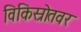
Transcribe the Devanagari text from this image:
विकिस्रोतवर